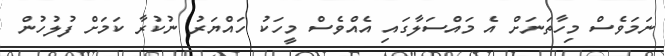
ނަމަވެސް މިހާތަނަށް އެ މައްސަލާގައި އެއްވެސް މީހަކު ހައްޔަރު ނުކުރާ ކަމަށް ފުލުހުން